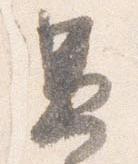
兼